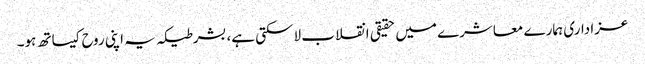
عزاداری ہمارے معاشرے میں حقیقی انقلاب لاسکتی ہے، بشرطیکہ یہ اپنی روح کیساتھ ہو۔